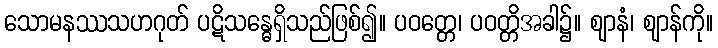
သောမနဿသဟဂုတ် ပဋိသန္ဓေရှိသည်ဖြစ်၍။ ပဝတ္တေ၊ ပဝတ္တိအခါ၌။ ဈာနံ၊ ဈာန်ကို။